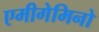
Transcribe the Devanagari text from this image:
एमीगेमिनो